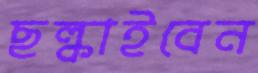
ছল্‌কাইবেন